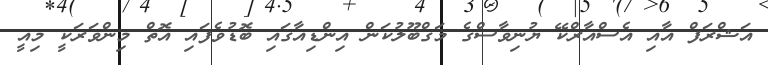
އަޝްރަފް އާއި އެސްއާރްކޭ ޔުނިވާސްގެ މަގްބޫލުކަން އިންޑިއާގައި ބޮޑުވެފައި އޮތް މިންވަރަކީ މިއީ